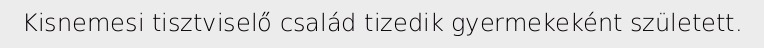
Kisnemesi tisztviselő család tizedik gyermekeként született.